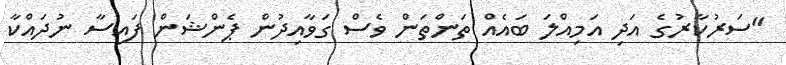
"ސަރުކާރުގެ އަދި އަމިއްލަ ބައެއް ތަންތަން ވެސް ގަވާއިދުން ޕެންޝަން ފައިސާ ނުދައްކާ